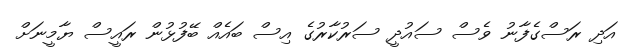
އަދި ރަސްގެފާނު ވެސް ސައުދީ ސަރުކާރުގެ އިސް ބައެއް ބޭފުޅުން ރައީސް ޔާމީނަށް